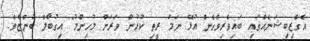
އެގްޒިބިޝަނެއްގައި ބައިވެރިވެގެން އުޅޭ ނަމަ ރީތި ކުޅުން ވަރަށް މުހިންމު" އިގުބާލް ބުންޏެވެ.